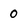
Character: 0